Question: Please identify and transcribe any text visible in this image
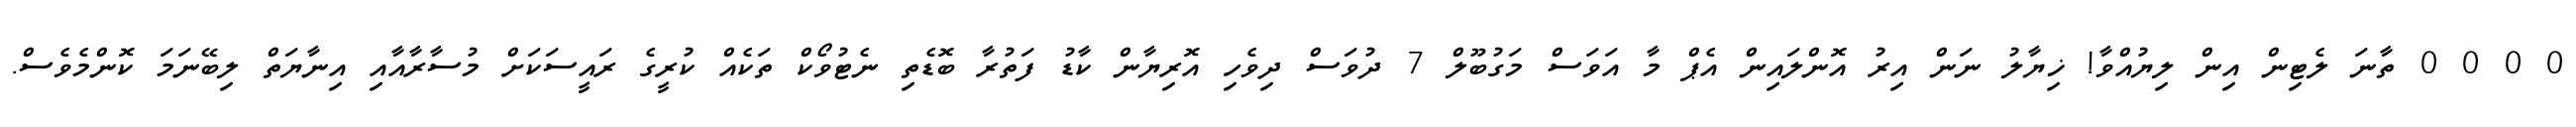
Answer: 0 0 0 0 ތާނަ ލެޓިން އިން ލިޔުއްވާ! ޚިޔާލު ނަން އިރު އޮންލައިން އެޕް މާ އަވަސް މަގުބޫލް 7 ދުވަސް ދިވެހި އޮރިޔާން ކާޑު ފަތުރާ ބޮޑެތި ނެޓުވޯކް ތަކެއް ކުރީގެ ރައީސަކަށް މުސާރާއާއި އިނާޔަތް ލިބޭނަމަ ކޮންމެވެސް.